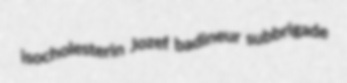
isocholesterin Jozef badineur subbrigade